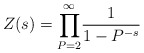
\begin{align*}Z(s)=\underset{P=2}{\overset{\infty }{\prod }}\frac{1}{1-P^{-s}} \end{align*}